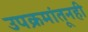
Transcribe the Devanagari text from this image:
उपक्रमांतूनही